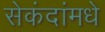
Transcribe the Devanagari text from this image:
सेकंदांमधे